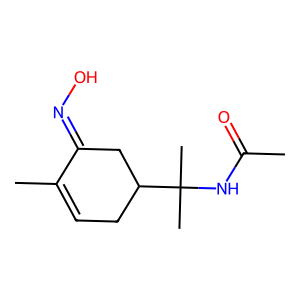
SMILES: CC(=O)NC(C)(C)C1CC=C(C)C(=NO)C1
Inhibits HIV replication: No